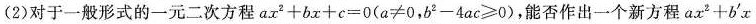
(2)对于一般形式的一元二次方程$$ax^{2}+bx+c=0(a\neq 0,b^{2}-4ac\geq 0)$$能否作出一个新方程$$ax^{2}+b^{\prime}x$$